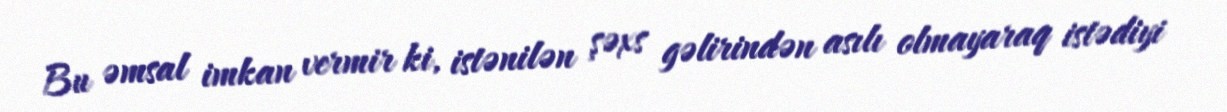
Bu əmsal imkan vermir ki, istənilən şəxs gəlirindən asılı olmayaraq istədiyi